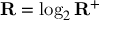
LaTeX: \mathbf { R } = \log _ { 2 } \mathbf { R } ^ { + }